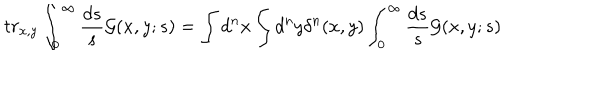
t r _ { x , y } \int _ { 0 } ^ { \infty } \frac { d s } { s } { \cal G } ( x , y ; s ) = \int d ^ { n } x \int d ^ { n } y \delta ^ { n } ( x , y ) \int _ { 0 } ^ { \infty } \frac { d s } { s } { \cal G } ( x , y ; s )